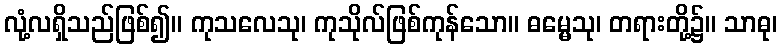
လုံ့လရှိသည်ဖြစ်၍။ ကုသလေသု၊ ကုသိုလ်ဖြစ်ကုန်သော။ ဓမ္မေသု၊ တရားတို့၌။ သာဓု၊